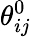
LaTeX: \theta_{ij}^{0}